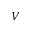
V